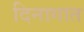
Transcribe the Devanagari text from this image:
दिनागात